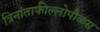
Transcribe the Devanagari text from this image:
त्रिनांताफील्लोपौळस